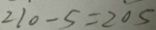
2 1 0 - 5 = 2 0 5